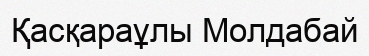
Қасқараұлы Молдабай